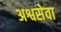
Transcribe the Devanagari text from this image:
अश्वसेवा